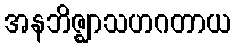
အနဘိဇ္ဈာသဟဂတာယ